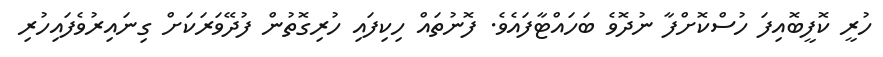
ހުރީ ކޮފީބޮއިފަ ހުސްކޮށްފާ ނުދޮވެ ބަހައްޓާފައެވެ. ފޮނުތައް ހިކިފައި ހުރިގޮތުން ފުދޭވަރަކަށް ގިނައިރުވެފައިހުރި